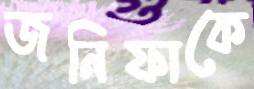
জনিফাকে